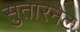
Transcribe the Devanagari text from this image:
सुतारनेट